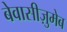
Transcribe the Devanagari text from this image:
बेवासीज़ुमेब